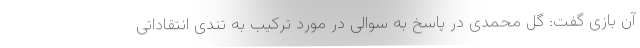
آن بازی گفت: گل محمدی در پاسخ به سوالی در مورد ترکیب به تندی انتقاداتی